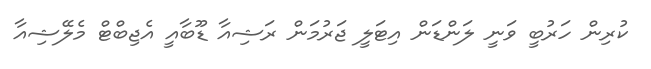
ކުރިން ހަރުބީ ވަނީ ލަންޑަން އިޓަލީ ޖަރުމަން ރަޝިއާ ޑޫބާއީ އެޖިބްޓް މެލޭޝިއާ